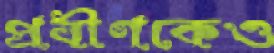
প্রবীণকেও